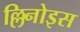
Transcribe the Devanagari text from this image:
ल्लिनोइस